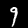
Label: 9